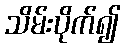
သိမ်းပိုက်၍